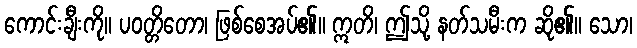
ကောင်းချီးကို။ ပဝတ္တိတော၊ ဖြစ်စေအပ်၏။ ဣတိ၊ ဤသို့ နတ်သမီးက ဆို၏။ သော၊